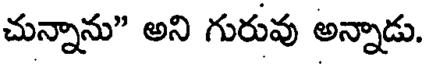
చున్నాను" అని గురువు అన్నాడు.